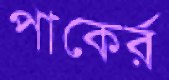
পাকের্র